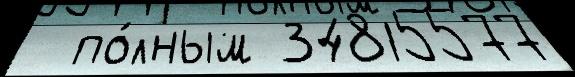
  по́лным 34815577